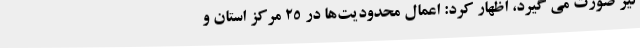
نیز صورت می گیرد، اظهار کرد: اعمال محدودیت‌ها در 25 مرکز استان و